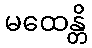
မထေန္တိ